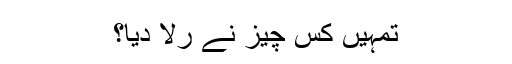
تمہیں کس چیز نے رلا دیا؟